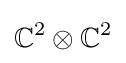
\mathbb {C} ^{2}\otimes \mathbb {C} ^{2}